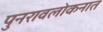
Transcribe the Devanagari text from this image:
पुनरावलोकनात